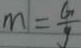
m = \frac { G } { g }